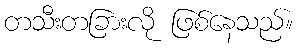
တသီးတခြားလို ဖြစ်နေသည်။